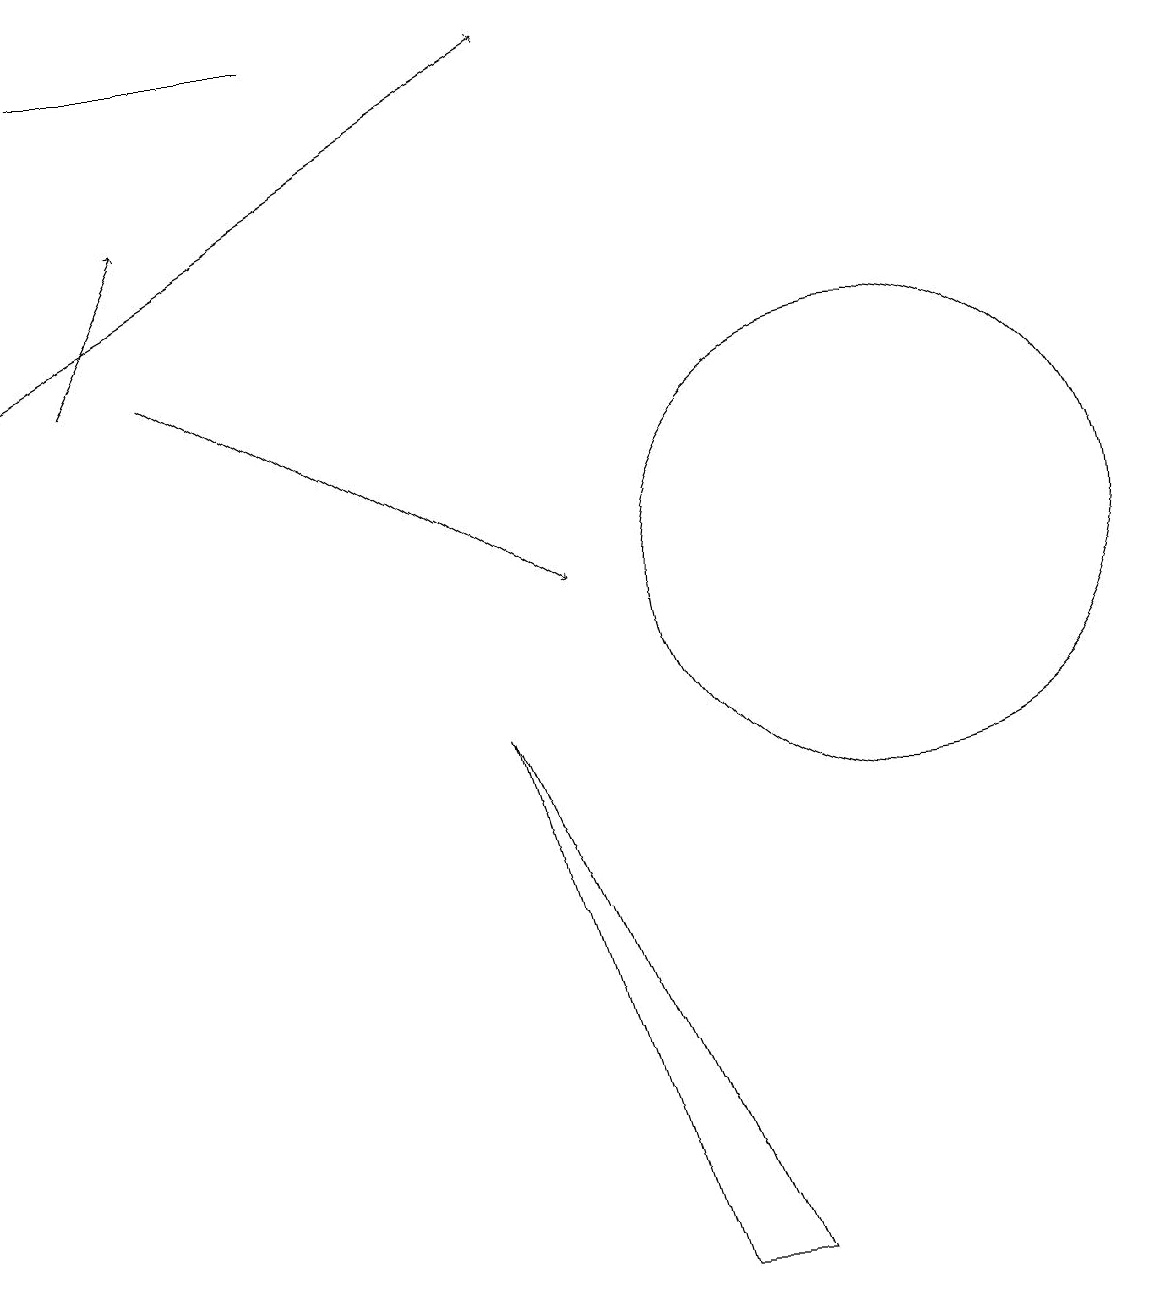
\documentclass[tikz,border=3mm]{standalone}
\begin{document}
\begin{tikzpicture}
\draw (9,1) -- (8,1) -- (6,8) -- cycle;
\draw (1,17) rectangle (4,17);
\draw[->] (1,13) -- (2,15);
\draw (11,10) circle (3);
\draw[->] (0,13) -- (7,17);
\draw[->] (2,13) -- (7,10);
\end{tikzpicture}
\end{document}